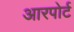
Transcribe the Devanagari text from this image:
आरपोर्ट